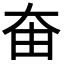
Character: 𡘊